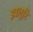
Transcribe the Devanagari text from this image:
इवातुरि